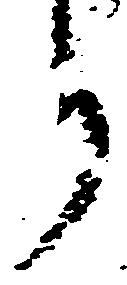
り